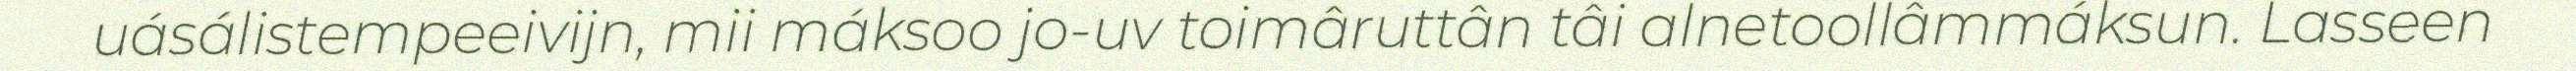
uásálistempeeivijn, mii máksoo jo-uv toimâruttân tâi alnetoollâmmáksun. Lasseen